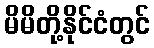
မိမိတို့နိုင်ငံတွင်